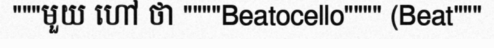
"""មួយ ហៅ ថា """"Beatocello"""" (Beat"""